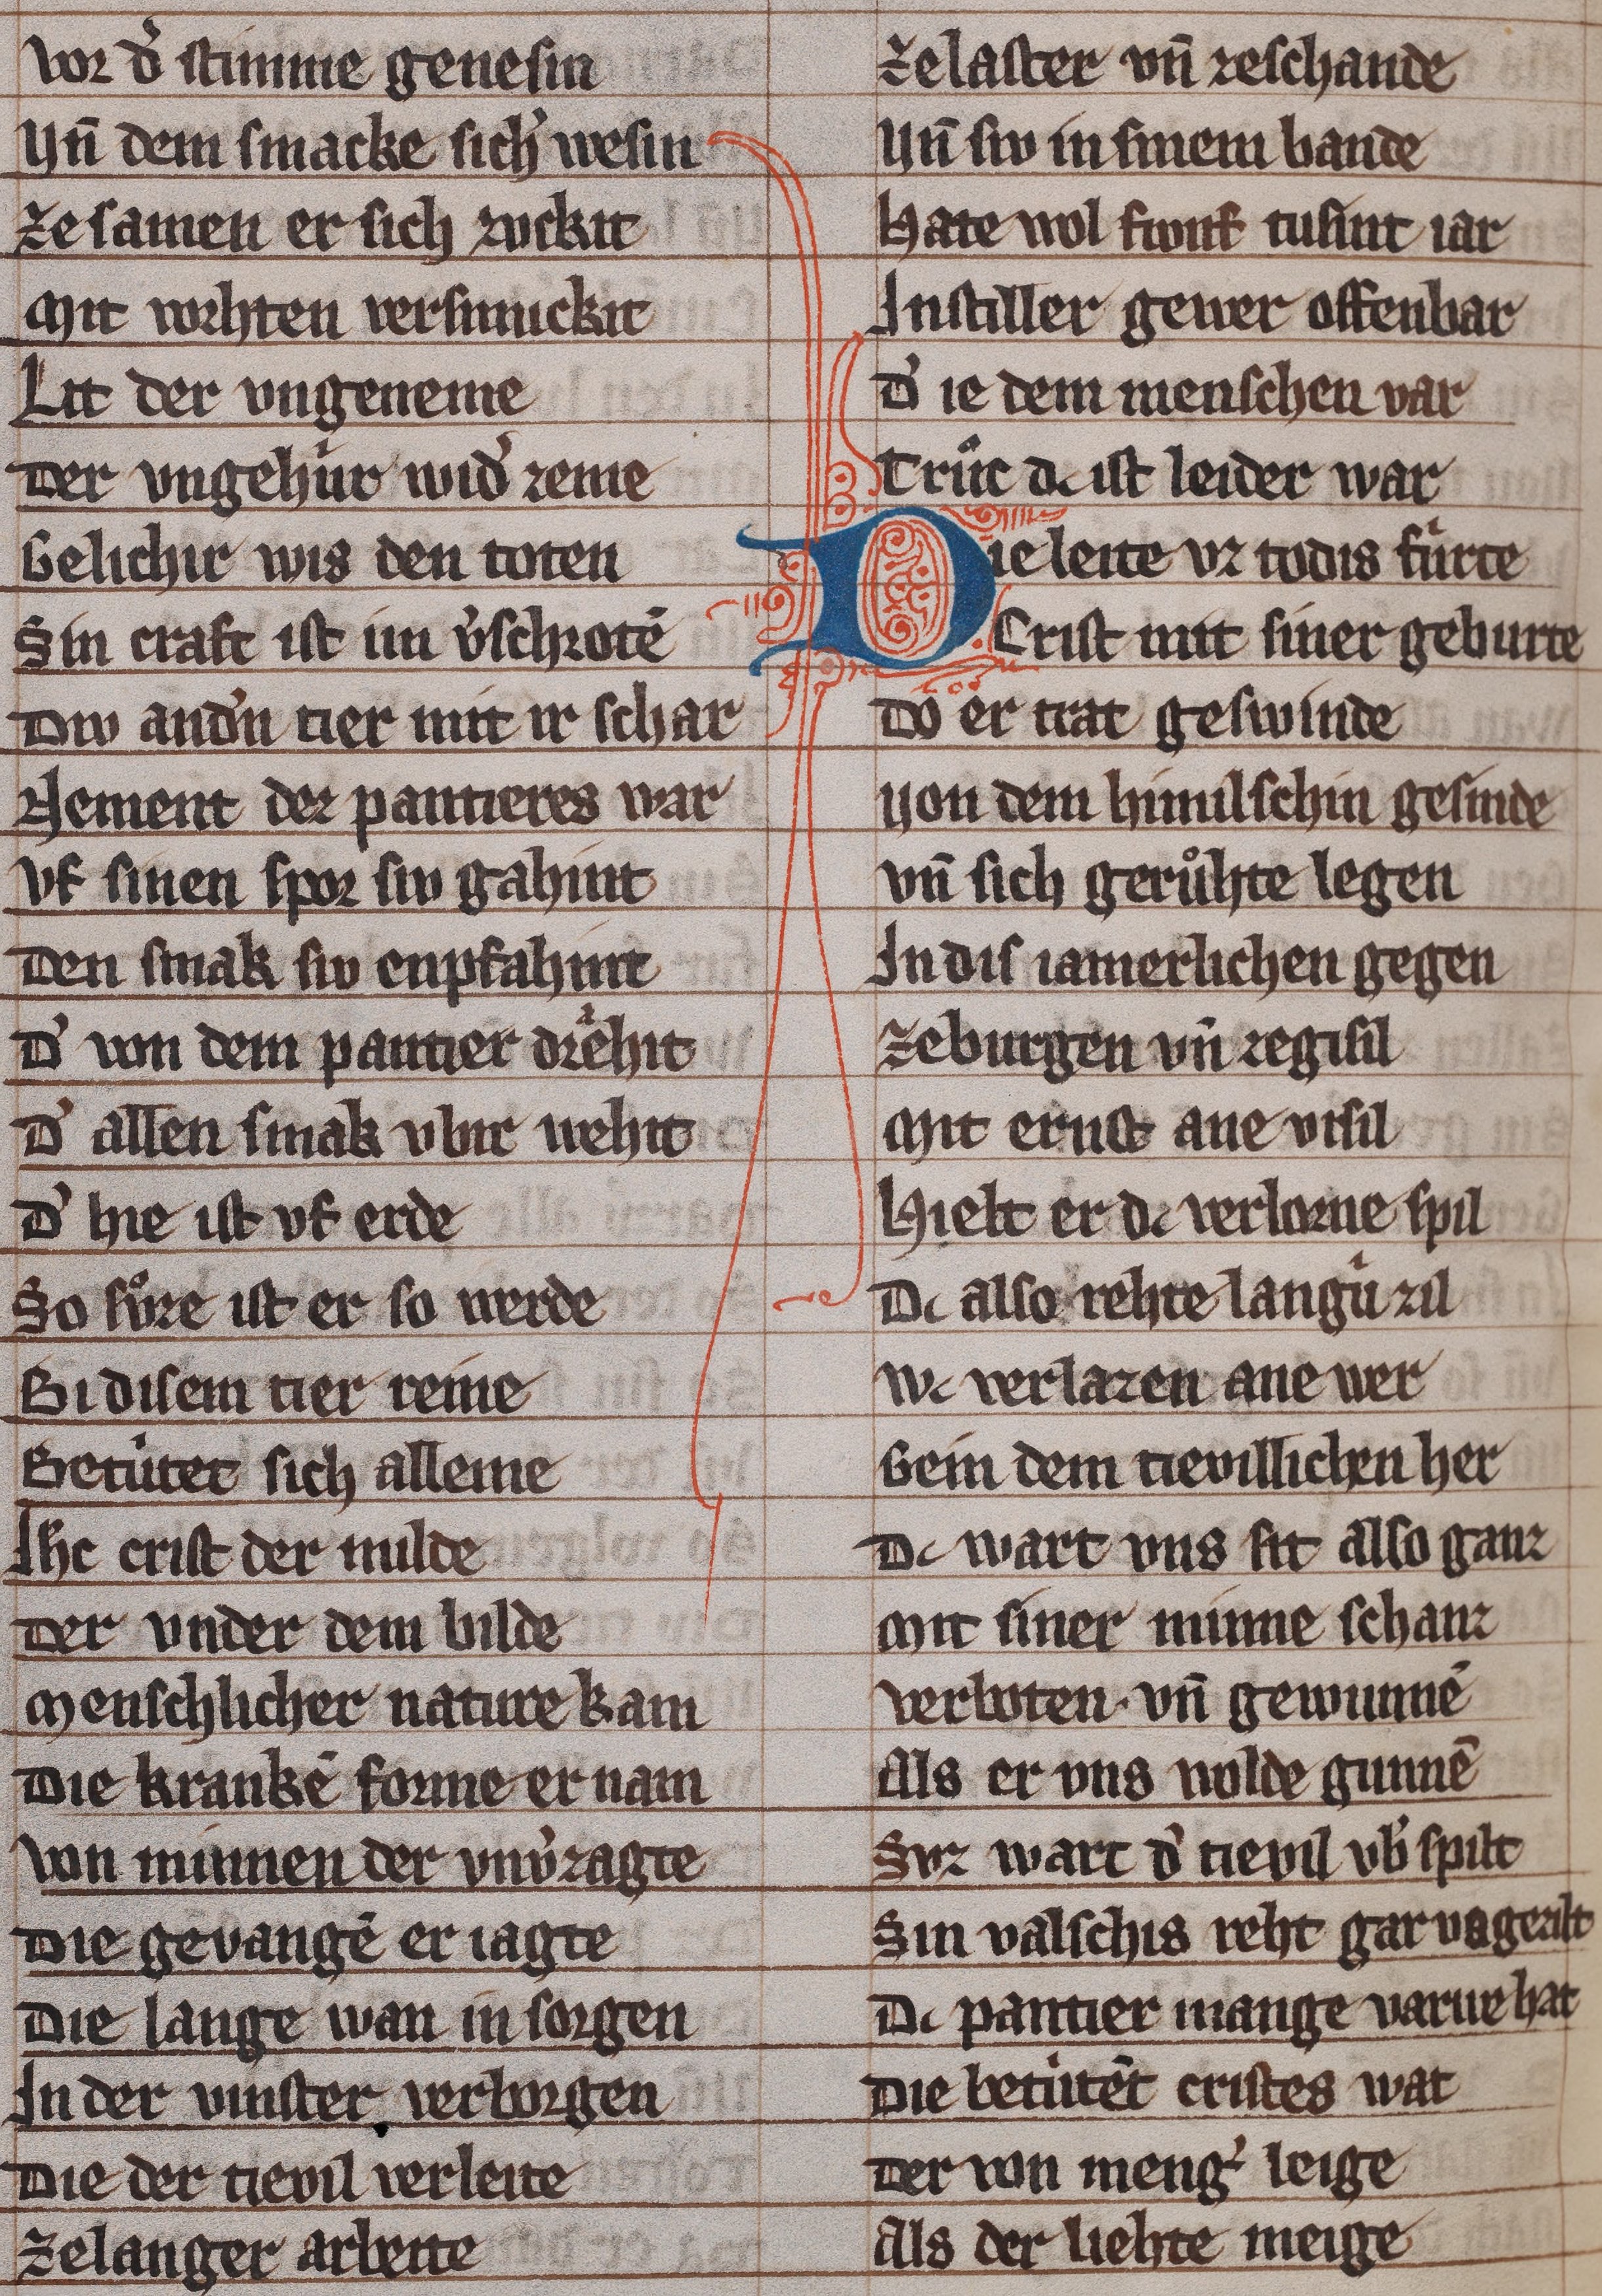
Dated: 1285–1315